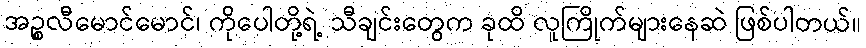
အဉ္စလီမောင်မောင်၊ ကိုပေါတို့ရဲ့ သီချင်းတွေက ခုထိ လူကြိုက်များနေဆဲ ဖြစ်ပါတယ်။